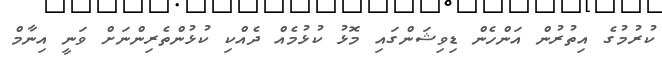
ކުރުމުގެ އިތުރުން އަންހެން ޑިވިޝަންގައި މޮޅު ކުޅުމެއް ދެއްކި ކުޅުންތެރިންނަށް ވަނީ އިނާމް